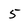
Character: 5